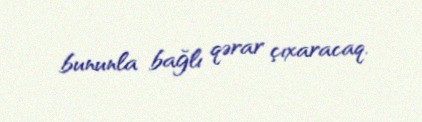
bununla bağlı qərar çıxaracaq.